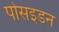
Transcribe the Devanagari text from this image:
पोसइडन